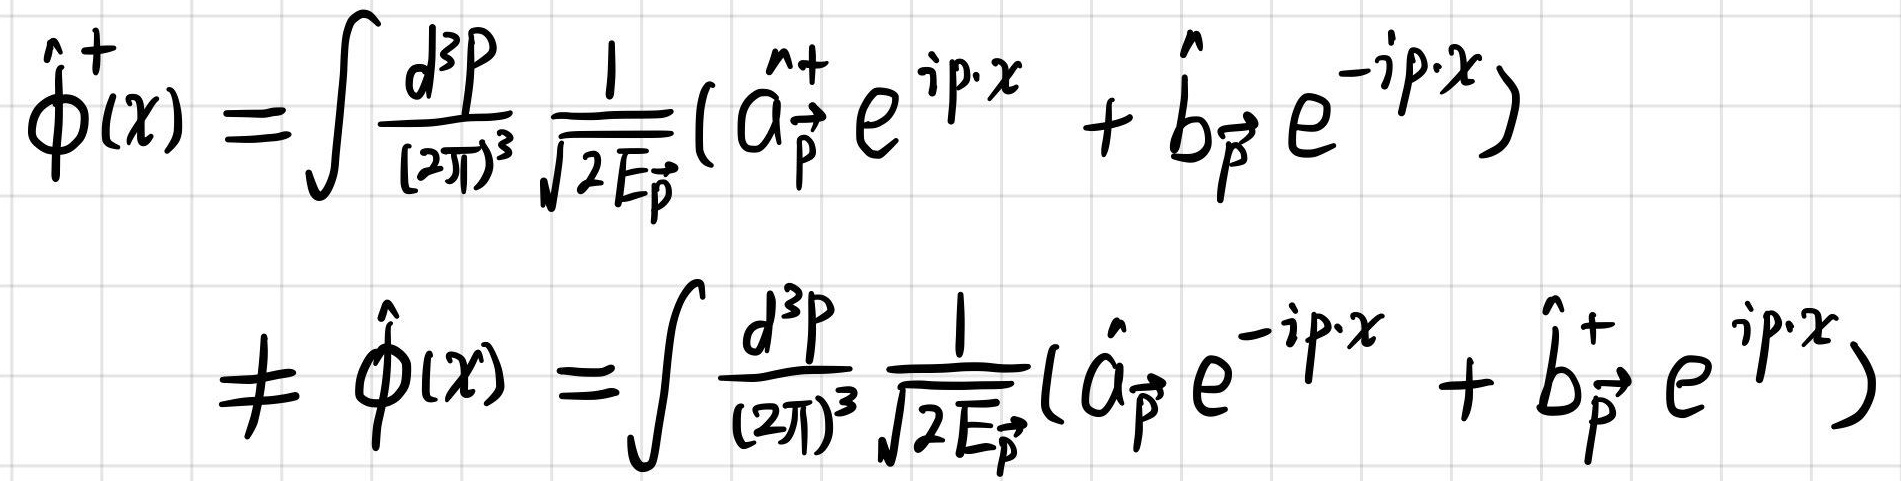
\[
\hat{\phi}^{\dagger}(x)=\int \frac{d^{3}p}{(2 \pi)^{3}} \frac{1}{\sqrt{2 E_{\vec{p}}}}\left(\hat{a}_{\vec{p}}^{\dagger} e^{i p \cdot x}+\hat{b}_{\vec{p}} e^{-i p \cdot x}\right) \neq \hat{\phi}(x)=\int \frac{d^{3}p}{(2 \pi)^{3}} \frac{1}{\sqrt{2 E_{\vec{p}}}}\left(\hat{a}_{\vec{p}} e^{-i p \cdot x}+\hat{b}_{\vec{p}}^{\dagger} e^{i p \cdot x}\right)
\]